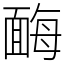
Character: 䩈